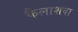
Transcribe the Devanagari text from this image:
कैलाशवा